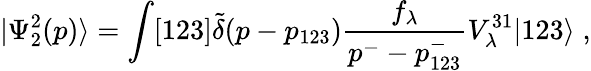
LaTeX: |\Psi_{2}^{2}(p)\rangle=\int[123]\tilde{\delta}(p-p_{123})\frac{f_{\lambda}}{p^{-}-p_{123}^{-}}V_{\lambda}^{31}|123\rangle\; ,